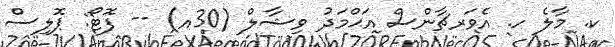
ކ. މާލެ ހ. އެވަރޗާންސް އަޙްމަދު ވިޝާލް (30އ) -- ފޮޓޯ: ޕޮލިސް